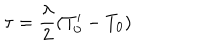
LaTeX: \tau = \frac { \lambda } { 2 } ( T _ { 0 } ^ { \prime } - T _ { 0 } )